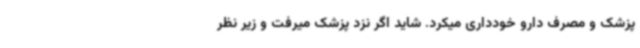
پزشک و مصرف دارو خودداری میکرد. شاید اگر نزد پزشک میرفت و زیر نظر